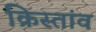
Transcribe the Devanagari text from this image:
क्रिस्तांव